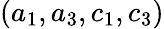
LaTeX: (a_{1},a_{3},c_{1},c_{3})